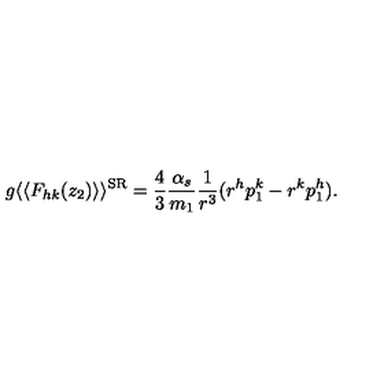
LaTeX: g \langle \langle F _ { h k } ( z _ { 2 } ) \rangle \rangle ^ { \mathrm { S R } } = \frac { 4 } { 3 } \frac { \alpha _ { s } } { m _ { 1 } } \frac { 1 } { r ^ { 3 } } ( r ^ { h } p _ { 1 } ^ { k } - r ^ { k } p _ { 1 } ^ { h } ) .